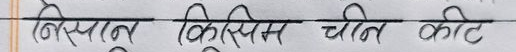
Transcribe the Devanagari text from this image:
बिस्पान क्रिसमस चीन काट